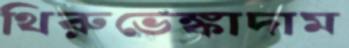
থিরুভেঙ্কাদাম